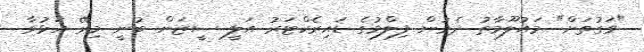
"ވަގުތަށް" މައުލޫމާތު ދެމުން ފިލްމުގެ ޑައިރެކްޓަރު އަލީ ސީޒަން ބުނީ މިރޭ އަޅުވާ